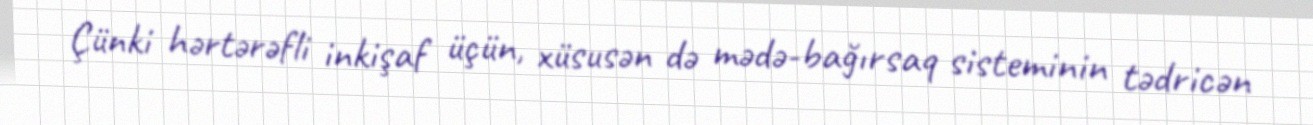
Çünki hərtərəfli inkişaf üçün, xüsusən də mədə-bağırsaq sisteminin tədricən